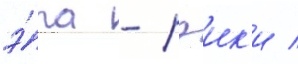
э́ра - рэик'и /